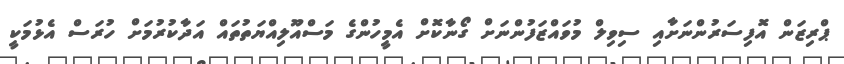
ޕްރިޒަން އޮފިސަރުންނަށާއި ސިވިލް މުވައްޒަފުންނަށް ގޯނާކޮށް އެމީހުންގެ މަސްއޫލިއްޔަތުތައް އަދާކުރުމަށް ހުރަސް އެޅުމަކީ